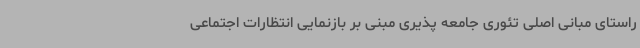
راستای مبانی اصلی تئوری جامعه پذیری مبنی بر بازنمایی انتظارات اجتماعی